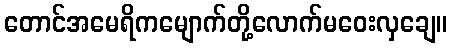
တောင်အမေရိကမျောက်တို့လောက်မဝေးလှချေ။